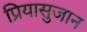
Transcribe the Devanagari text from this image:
प्रियासुजान